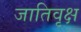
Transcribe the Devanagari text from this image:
जातिवृक्ष